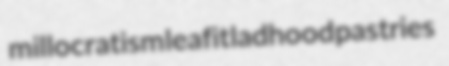
millocratism leafit ladhood pastries